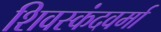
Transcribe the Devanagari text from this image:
शिवस्कंदवर्मा